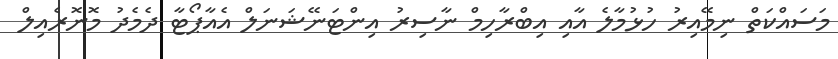
މަސައްކަތް ނިމޭއިރު ހުޅުމާލެ އާއި އިބްރާހިމް ނާސިރު އިންޓަނޭޝަނަލް އެއާޕޯޓާ ދެމެދު މޮނޮރެއިލް